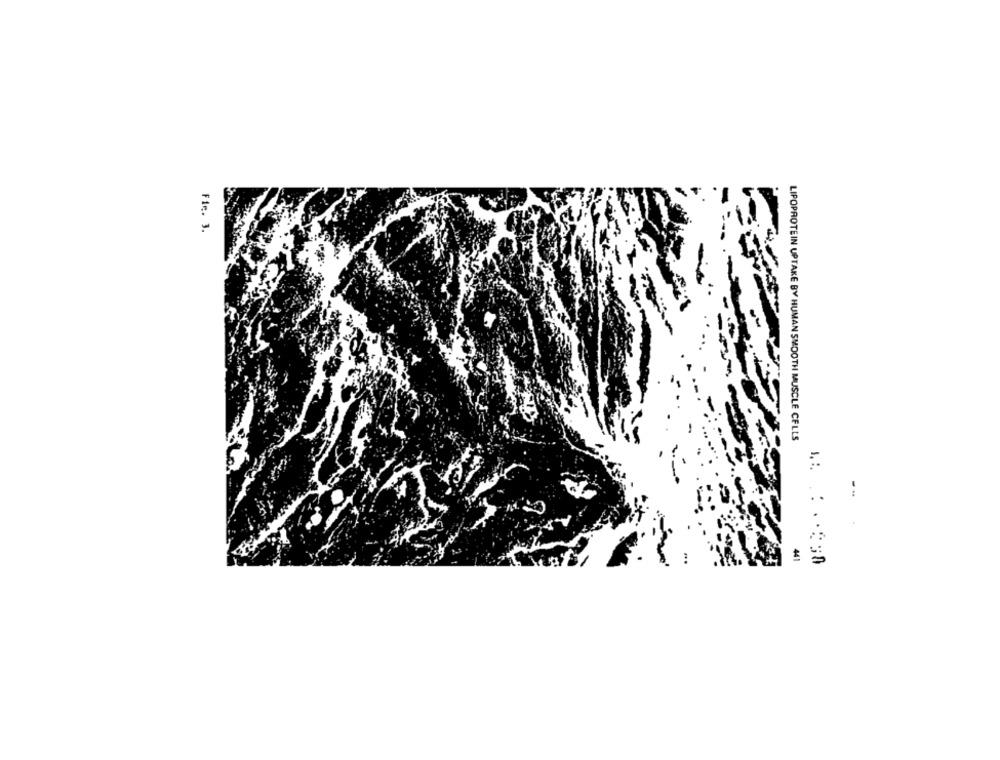
Fie. 3.
LIPOPROTEIN UPTAKE BY HUMAN SMOOTH MUSCLE CELLS
. .
441